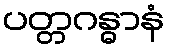
ပတ္တဂန္ဓာနံ